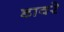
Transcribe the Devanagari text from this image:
डावरे